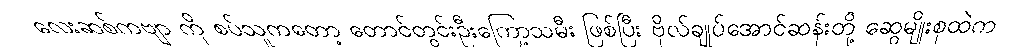
လေးဆစ်ကဗျာ ကို စပ်သူကတော့ တောင်တွင်းဦးကြော့သမီး ဖြစ်ပြီး ဗိုလ်ချုပ်အောင်ဆန်းတို့ ဆွေမျိုးစုထဲက